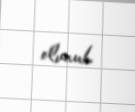
olunub.